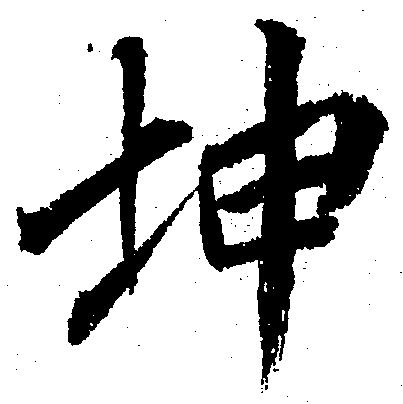
坤